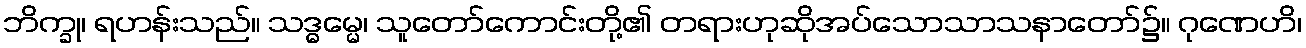
ဘိက္ခု၊ ရဟန်းသည်။ သဒ္ဓမ္မေ၊ သူတော်ကောင်းတို့၏ တရားဟုဆိုအပ်သောသာသနာတော်၌။ ဂုဏေဟိ၊